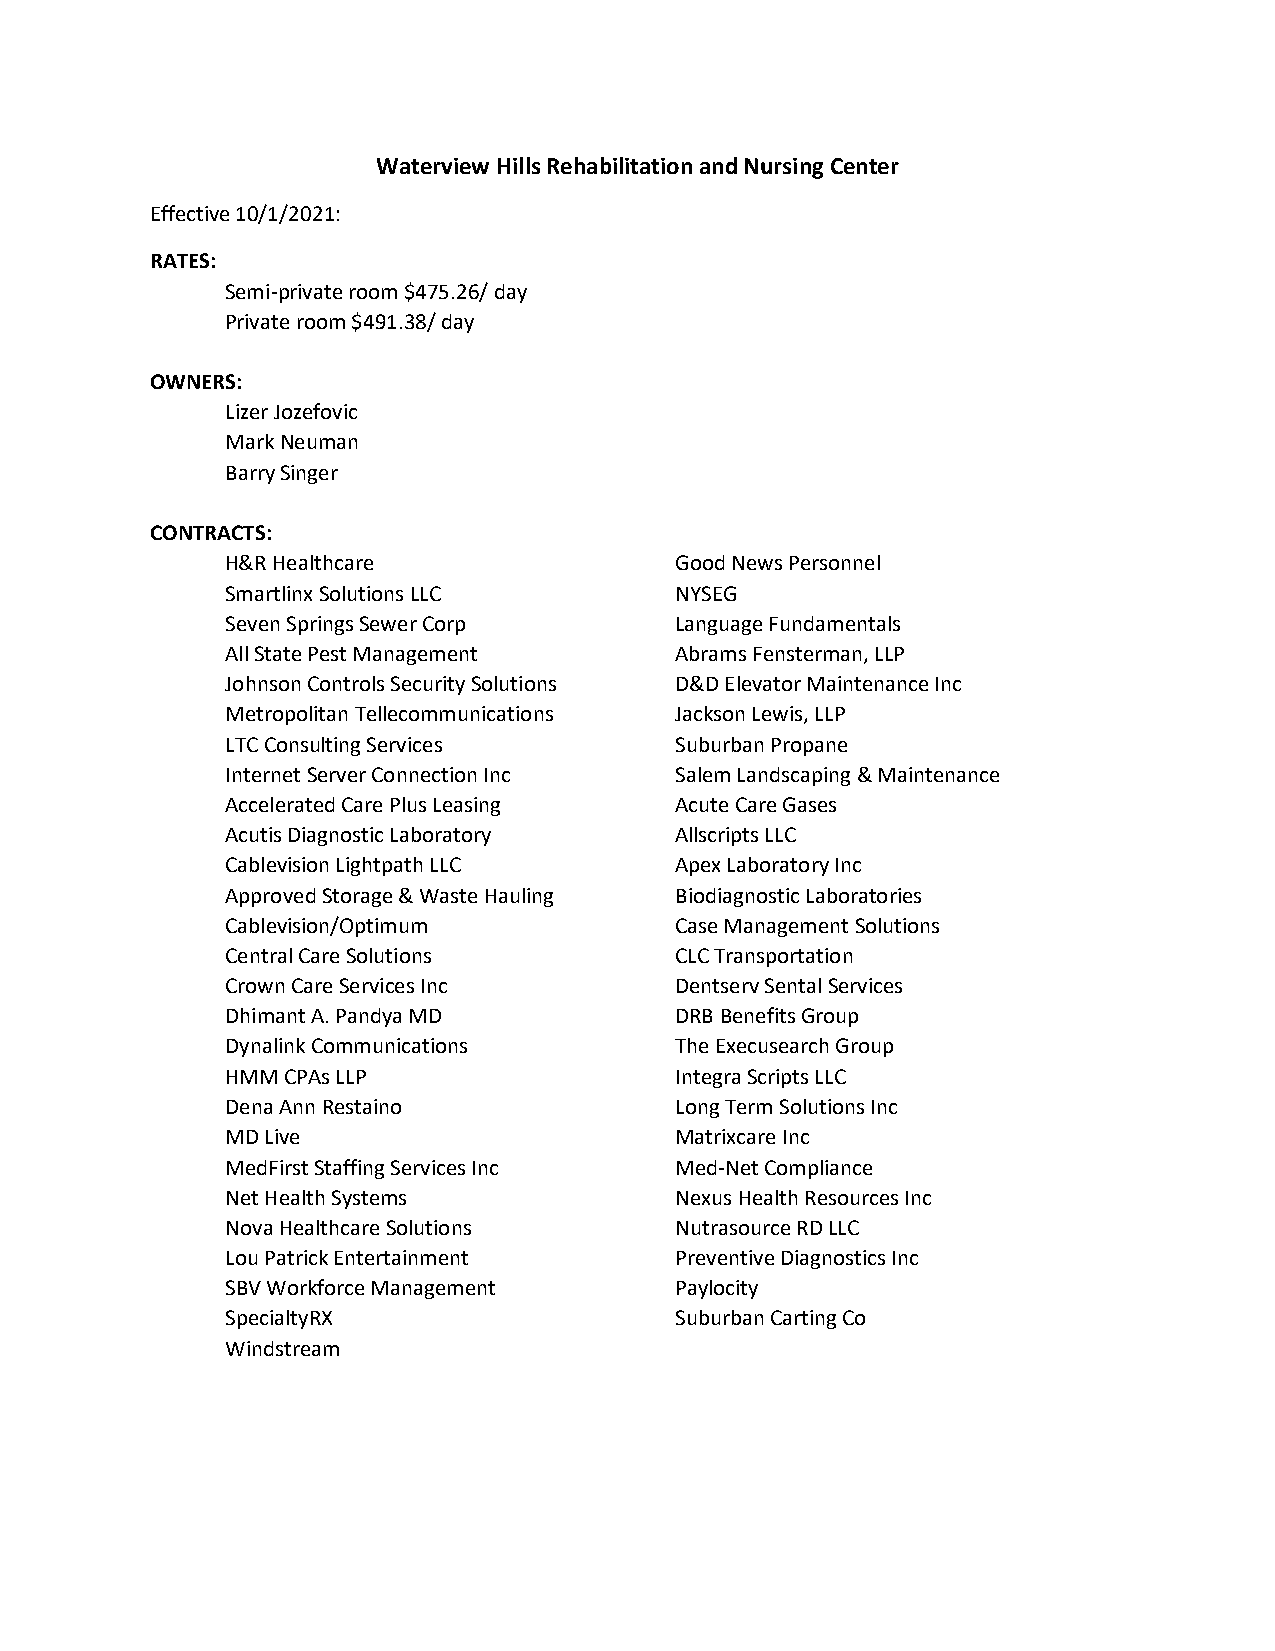
Waterview Hills Rehabilitation and Nursing Center
 Effective 10/1/2021:
 RATES:
 Semi-private room $475.26/ day
 Private room $491.38/ day
 OWNERS:
 Lizer Jozefovic
 Mark Neuman
 Barry Singer
 CONTRACTS:
 H&R Healthcare                Good News Personnel
 Smartlinx Solutions LLC       NYSEG
 Seven Springs Sewer Corp      Language Fundamentals
 All State Pest Management     Abrams Fensterman, LLP
 Johnson Controls Security Solutions D&D Elevator Maintenance Inc
 Metropolitan Tellecommunications Jackson Lewis, LLP
 LTC Consulting Services       Suburban Propane
 Internet Server Connection Inc Salem Landscaping & Maintenance
 Accelerated Care Plus Leasing Acute Care Gases
 Acutis Diagnostic Laboratory  Allscripts LLC
 Cablevision Lightpath LLC     Apex Laboratory Inc
 Approved Storage & Waste Hauling Biodiagnostic Laboratories
 Cablevision/Optimum           Case Management Solutions
 Central Care Solutions        CLC Transportation
 Crown Care Services Inc       Dentserv Sental Services
 Dhimant A. Pandya MD          DRB Benefits Group
 Dynalink Communications       The Execusearch Group
 HMM CPAs LLP                  Integra Scripts LLC
 Dena Ann Restaino             Long Term Solutions Inc
 MD Live                       Matrixcare Inc
 MedFirst Staffing Services Inc Med-Net Compliance
 Net Health Systems            Nexus Health Resources Inc
 Nova Healthcare Solutions     Nutrasource RD LLC
 Lou Patrick Entertainment     Preventive Diagnostics Inc
 SBV Workforce Management      Paylocity
 SpecialtyRX                   Suburban Carting Co
 Windstream